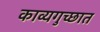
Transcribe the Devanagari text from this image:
काव्यगुच्छात